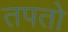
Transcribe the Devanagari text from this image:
तपतो